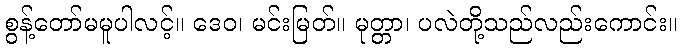
စွန့်တော်မမူပါလင့်။ ဒေဝ၊ မင်းမြတ်။ မုတ္တာ၊ ပလဲတို့သည်လည်းကောင်း။